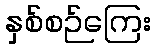
နှစ်စဉ်ကြေး